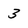
Character: 3